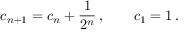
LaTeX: c _ { n + 1 } = c _ { n } + \frac { 1 } { 2 ^ { n } } \, , \qquad c _ { 1 } = 1 \, .